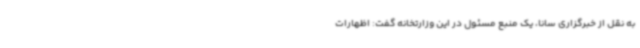
به نقل از خبرگزاری سانا، یک منبع مسئول در این وزارتخانه گفت: اظهارات